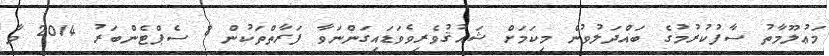
މަޢުލޫމާތު ސާފުކުރުމުގެ ބައްދަލުވުން މިކަމަށް ޝައުޤުވެރިވެވަޑައިގަންނަވާ ފަރާތްތަކުން 8 ސެޕްޓެންބަރު 2014 ވާ